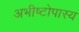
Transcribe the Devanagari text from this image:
अभीष्टोपास्य